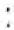
: